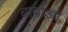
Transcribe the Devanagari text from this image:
बाबाओं